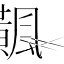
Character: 𩙁